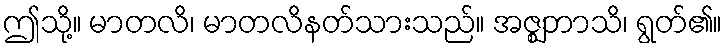
ဤသို့။ မာတလိ၊ မာတလိနတ်သားသည်။ အဇ္ဈဘာသိ၊ ရွတ်၏။